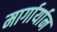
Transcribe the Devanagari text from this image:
मार्गार्यान